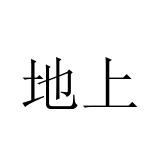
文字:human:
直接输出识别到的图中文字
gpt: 地上